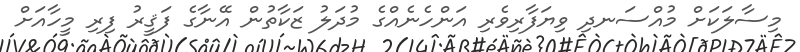
މިސާލަކަށް މުއްސަނދި ވިޔަފާރިވެރި އަންހެނެއްގެ މުދަލު ޒަކާތުން އޭނާގެ ފަޤީރު ފިރި މީހާއަށް